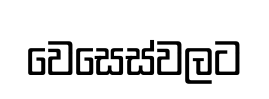
වෙසෙස්වලට